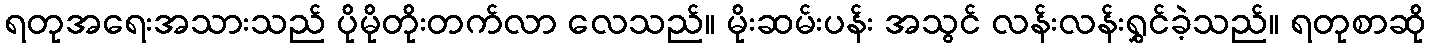
ရတုအရေးအသားသည် ပိုမိုတိုးတက်လာ လေသည်။ မိုးဆမ်းပန်း အသွင် လန်းလန်းရွှင်ခဲ့သည်။ ရတုစာဆို